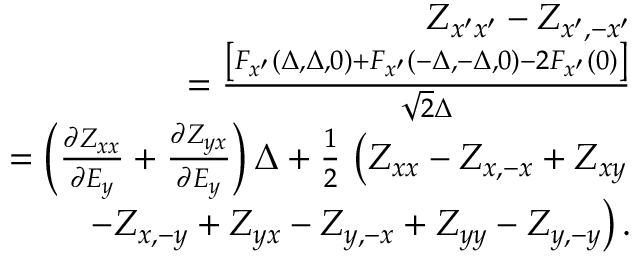
\begin{array} { r l r } & { } & { Z _ { x ^ { \prime } x ^ { \prime } } - Z _ { x ^ { \prime } , - x ^ { \prime } } } \\ & { } & { \qquad = \frac { \left[ F _ { x ^ { \prime } } ( \Delta , \Delta , 0 ) + F _ { x ^ { \prime } } ( - \Delta , - \Delta , 0 ) - 2 F _ { x ^ { \prime } } ( 0 ) \right] } { \sqrt { 2 } \Delta } } \\ & { } & { = \left( \frac { \partial Z _ { x x } } { \partial E _ { y } } + \frac { \partial Z _ { y x } } { \partial E _ { y } } \right) \Delta + \frac { 1 } { 2 } \, \left( Z _ { x x } - Z _ { x , - x } + Z _ { x y } \right. } \\ & { } & { \qquad \left. - Z _ { x , - y } + Z _ { y x } - Z _ { y , - x } + Z _ { y y } - Z _ { y , - y } \right) . } \end{array}